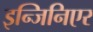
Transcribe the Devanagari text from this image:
इन्जिनिएर